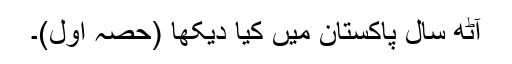
آٹھ سال پاکستان میں کیا دیکھا (حصہ اول)۔